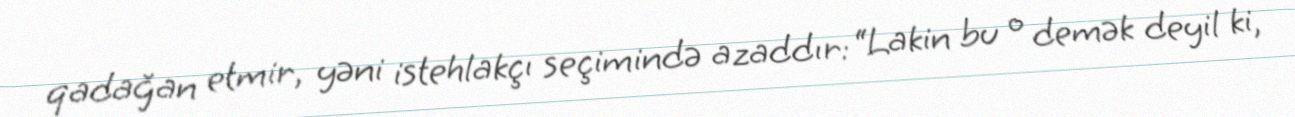
qadağan etmir, yəni istehlakçı seçimində azaddır: “Lakin bu o demək deyil ki,